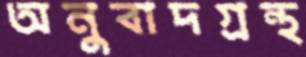
অনুবাদগ্রন্থ